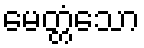
မေတ္တံသော